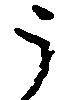
う